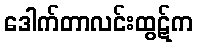
ဒေါက်တာလင်းထွဋ်က